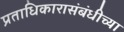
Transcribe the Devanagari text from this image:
प्रताधिकारासंबंधीच्या